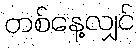
တစ်နေ့လျှင်